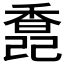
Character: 𩡆